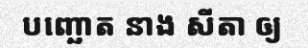
បញ្ឆោត នាង សីតា ឲ្យ